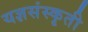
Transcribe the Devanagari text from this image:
यज्ञसंस्कृती